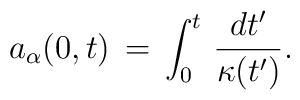
a_{\alpha} (0, t) \, = \, \int_0^t  \,  {dt'  \over \kappa (t')}.